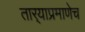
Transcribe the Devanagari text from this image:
तार्‍याप्रमाणेच